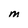
Character: M